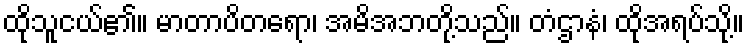
ထိုသူငယ်၏။ မာတာပိတရော၊ အမိအဘတို့သည်။ တံဌာနံ၊ ထိုအရပ်သို့။